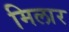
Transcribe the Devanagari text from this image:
मिलार